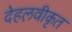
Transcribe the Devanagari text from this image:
देहलवीकृत